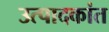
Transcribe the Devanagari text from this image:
उत्पादकांत